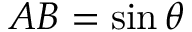
A B = \sin \theta